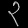
Digit: ၃